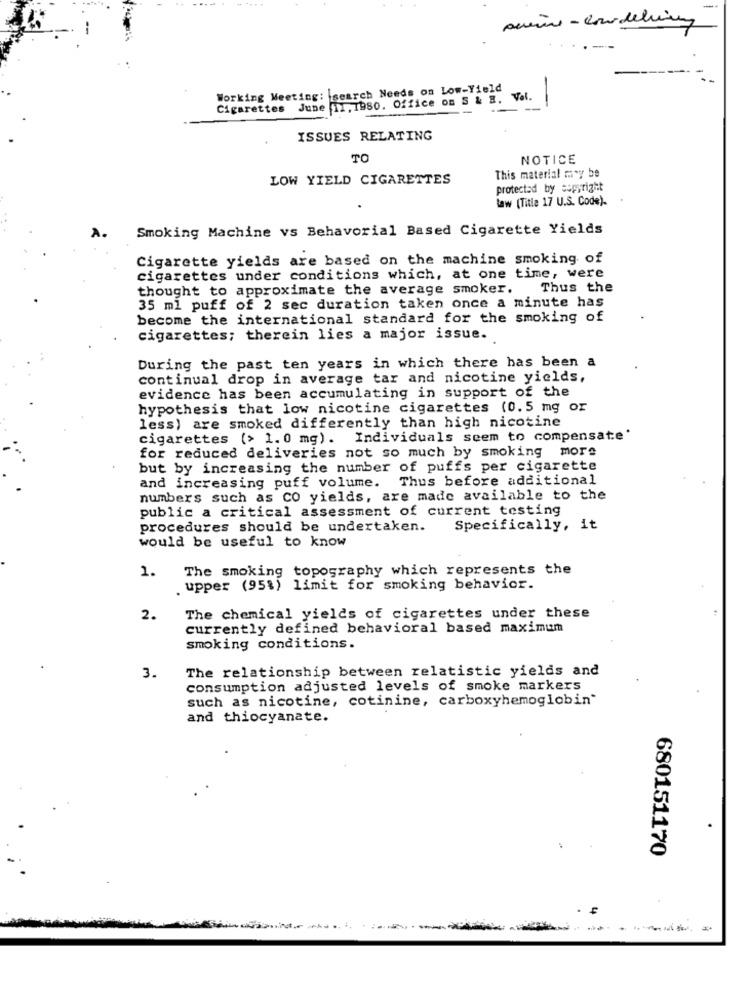
--
Working Meeting: search Needs on Low-Yield
Cigarettes June 11, 1980. Office on S & B. Val.
---
ISSUES RELATING
TO
NOTICE
LOW YIELD CIGARETTES
This material may be
protected by copyright
law (Title 17 U.S. Code).
Smoking Machine vs Behavorial Based Cigarette Yields
Cigarette yields are based on the machine smoking of
cigarettes under conditions which, at one time, were
thought to approximate the average smoker.
Thus the
35 ml puff of 2 sec duration taken once a minute has
become the international standard for the smoking of
cigarettes; therein lies a major issue.
During the past ten years in which there has been a
continual drop in average tar and nicotine yields,
evidence has been accumulating in support of the
hypothesis that low nicotine cigarettes (0.5 mg or
less) are smoked differently than high nicotine
cigarettes (> 1.0 mg). Individuals seem to compensate'
for reduced deliveries not so much by smoking more
but by increasing the number of puffs per cigarette
and increasing puff volume. Thus before additional
numbers such as CO yields, are made available to the
public a critical assessment of current testing
procedures should be undertaken.
Specifically, it
would be useful to know
1.
The smoking topography which represents the
upper (95%) limit for smoking behavior.
2.
The chemical yields of cigarettes under these
currently defined behavioral based maximum
smoking conditions.
The relationship between relatistic yields and
3.
consumption adjusted levels of smoke markers
such as nicotine, cotinine, carboxyhemoglobin"
and thiocyanate.
680151170